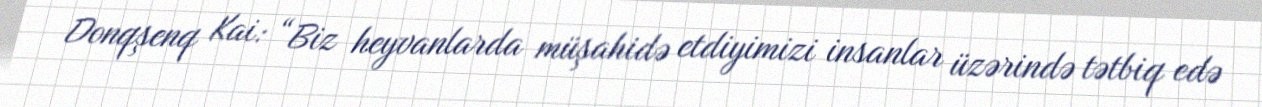
Donqşenq Kai: “Biz heyvanlarda müşahidə etdiyimizi insanlar üzərində tətbiq edə